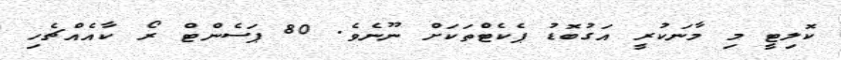
ކޮލިޓީ މި މާނަކުރީ އަގުބޮޑު ޕެކެޓްތަކަށް ނޫނެވެ. 80 ޕަސެންޓް ރޯ ކާއެއްޗެހި